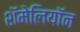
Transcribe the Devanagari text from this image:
शॅमेलियॉन